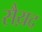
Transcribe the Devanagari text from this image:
सैय़द